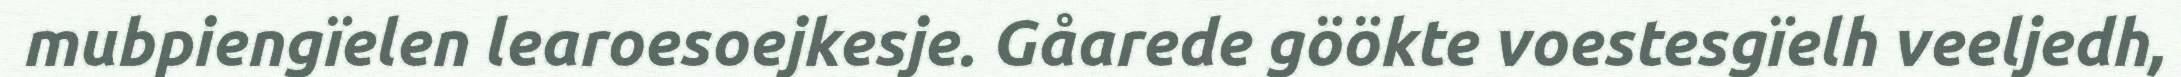
mubpiengïelen learoesoejkesje. Gåarede göökte voestesgïelh veeljedh,